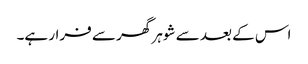
اس کے بعد سے شوہر گھر سے فرار ہے۔